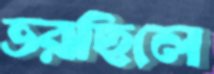
ভরছিলে